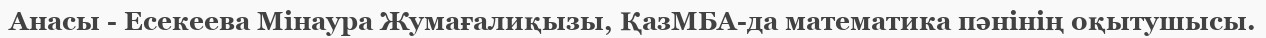
Анасы - Есекеева Мінаура Жумағалиқызы, ҚазМБА-да математика пәнінің оқытушысы.